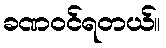
ခဏဝင်ရတယ်။